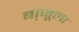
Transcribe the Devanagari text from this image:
बा्जूला